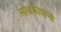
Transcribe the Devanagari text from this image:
साधकावस्था